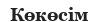
Көкөсім